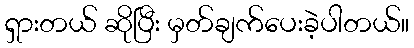
ရှားတယ် ဆိုပြီး မှတ်ချက်ပေးခဲ့ပါတယ်။